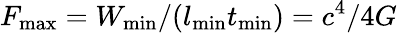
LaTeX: F_{\mathrm{max}}=W_{\mathrm{min}}/(l_{\mathrm{min}}t_{\mathrm{min}})=c^{4}/4G